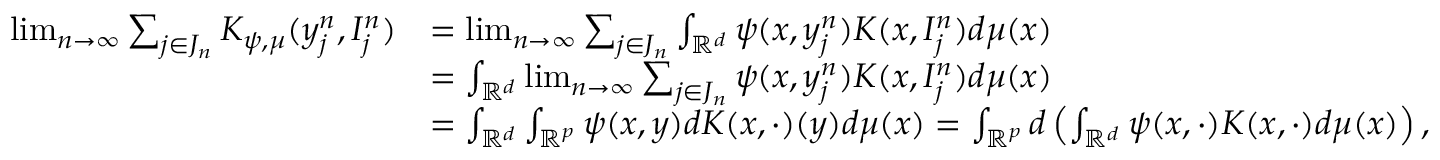
\begin{array} { r l } { \operatorname* { l i m } _ { n \to \infty } \sum _ { j \in J _ { n } } K _ { \psi , \mu } ( y _ { j } ^ { n } , I _ { j } ^ { n } ) } & { = \operatorname* { l i m } _ { n \to \infty } \sum _ { j \in J _ { n } } \int _ { \mathbb { R } ^ { d } } \psi ( x , y _ { j } ^ { n } ) K ( x , I _ { j } ^ { n } ) d \mu ( x ) } \\ & { = \int _ { \mathbb { R } ^ { d } } \operatorname* { l i m } _ { n \to \infty } \sum _ { j \in J _ { n } } \psi ( x , y _ { j } ^ { n } ) K ( x , I _ { j } ^ { n } ) d \mu ( x ) } \\ & { = \int _ { \mathbb { R } ^ { d } } \int _ { \mathbb { R } ^ { p } } \psi ( x , y ) d K ( x , \cdot ) ( y ) d \mu ( x ) = \int _ { \mathbb { R } ^ { p } } d \left( \int _ { \mathbb { R } ^ { d } } \psi ( x , \cdot ) K ( x , \cdot ) d \mu ( x ) \right) , } \end{array}